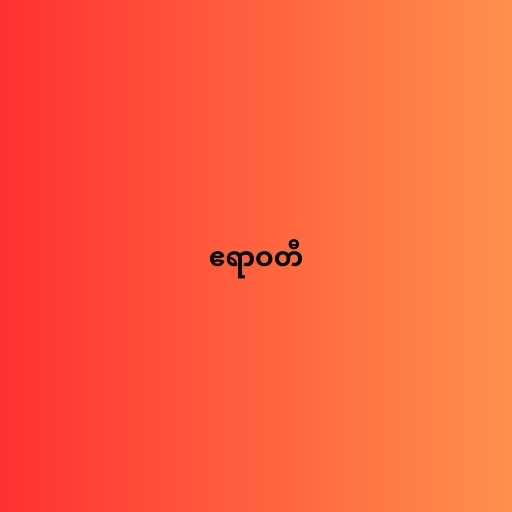
ဧရာဝတီ